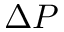
\Delta P